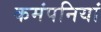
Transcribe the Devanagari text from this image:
कमंपनियां